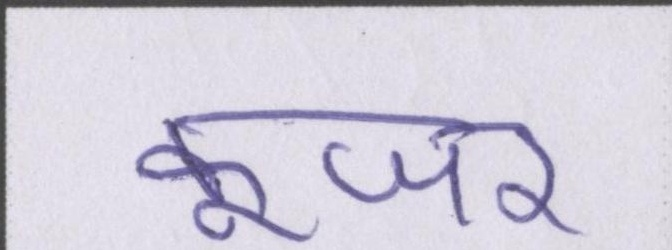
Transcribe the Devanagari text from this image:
कूजर